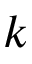
k